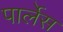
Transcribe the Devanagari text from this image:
पार्लेस